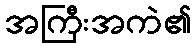
အကြီးအကဲ၏